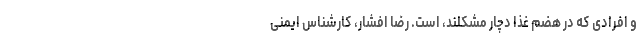
و افرادی که در هضم غذا دچار مشکلند، است. رضا افشار، کارشناس ایمنی